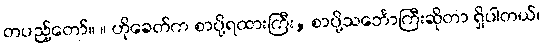
တပည့်တော်။ ။ ဟိုခေတ်က စာပို့ရထားကြီး, စာပို့သင်္ဘောကြီးဆိုတာ ရှိပါတယ်၊